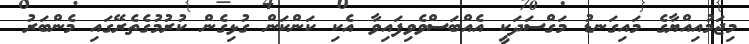
މިޖަމުއިއްޔާގެ މައިގަނޑު މަގްސަަދަކީ އެއްބަސްވެވިފައިވާ އެކި ކަންކަން ގުޅިގެން ކުރުމުގެތެރޭގައި މެންބަރު